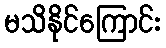
မသိနိုင်ကြောင်း